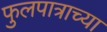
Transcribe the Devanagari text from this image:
फुलपात्राच्या